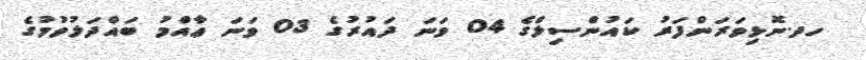
ހދ.ނޮޅިވަރަންފަރު ކައުންސިލްގެ 04 ވަނަ ދައުރުގެ 03 ވަނަ ޢާއްމު ބައްދަލުވުމުގެ